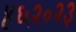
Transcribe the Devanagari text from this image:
४६२०२३